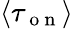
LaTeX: \langle\tau_{\mathrm{~o~n~}}\rangle